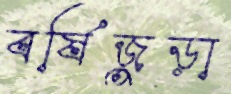
বর্ষিজুড়া